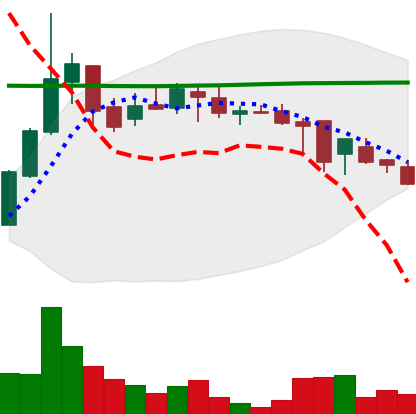
Ticker: DOGE-USD
Chart end date: 2018-08-04
Forward return: -6.922%
Label: down_5_7